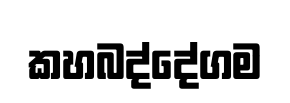
කහබද්දේගම